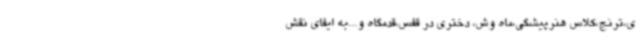
ی،ترنج،کلاس هنرپیشگی،ماه وش، دختری در قفس،قدمگاه و...به ایفای نقش